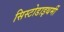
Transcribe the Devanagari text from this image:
सिस्टोडाइथर्मी